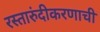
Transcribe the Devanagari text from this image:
रस्तारुंदीकरणाची